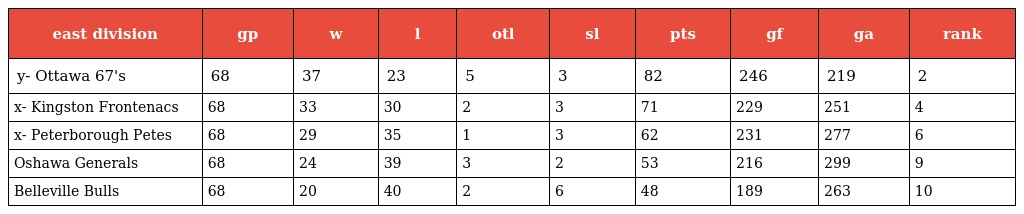
| east division | gp | w | l | otl | sl | pts | gf | ga | rank |
 | --- | --- | --- | --- | --- | --- | --- | --- | --- | --- |
 | y- Ottawa 67's | 68 | 37 | 23 | 5 | 3 | 82 | 246 | 219 | 2 |
 | x- Kingston Frontenacs | 68 | 33 | 30 | 2 | 3 | 71 | 229 | 251 | 4 |
 | x- Peterborough Petes | 68 | 29 | 35 | 1 | 3 | 62 | 231 | 277 | 6 |
 | Oshawa Generals | 68 | 24 | 39 | 3 | 2 | 53 | 216 | 299 | 9 |
 | Belleville Bulls | 68 | 20 | 40 | 2 | 6 | 48 | 189 | 263 | 10 |